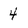
Character: 4